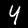
Label: 4